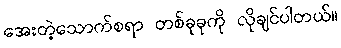
အေးတဲ့သောက်စရာ တစ်ခုခုကို လိုချင်ပါတယ်။